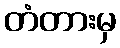
တံတားမှ